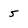
Character: 5